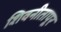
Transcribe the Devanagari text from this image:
शिवनीतापूर